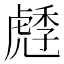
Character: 𧇯